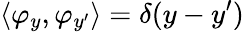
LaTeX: \langle\varphi_{y},\varphi_{y^{\prime}}\rangle=\delta(y-y^{\prime})